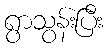
ရွာသွန်းပြီး